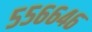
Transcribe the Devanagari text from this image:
५५६६४६